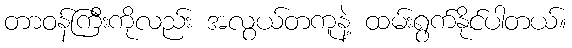
တာဝန်ကြီးကိုလည်း အလွယ်တကူနဲ့ ထမ်းရွက်နိုင်ပါတယ်။